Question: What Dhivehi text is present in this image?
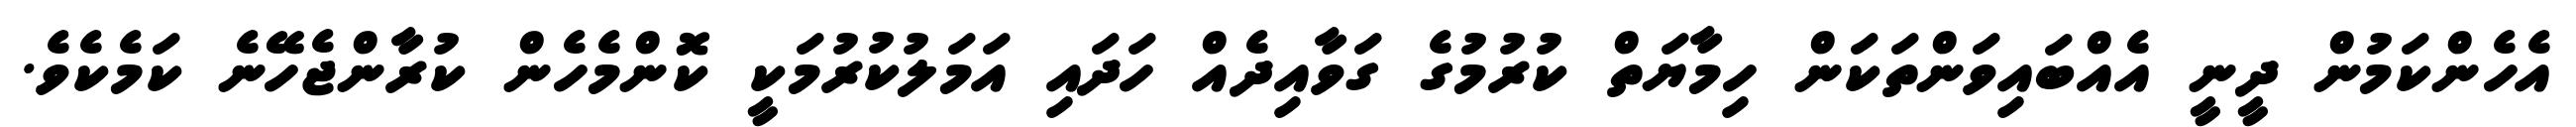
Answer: އެހެންކަމުން ދީނީ އެއްބައިވަންތަކަން ހިމާޔަތް ކުރުމުގެ ގަވާއިދެއް ހަދައި އަމަލުކުރުމަކީ ކޮންމެހެން ކުރާންޖެހޭނެ ކަމެކެވެ.